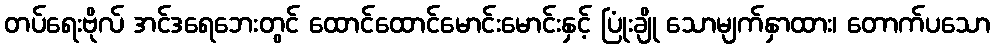
တပ်ရေးဗိုလ် အင်ဒရေဘေးတွင် ထောင်ထောင်မောင်းမောင်းနှင့် ပြုံးချို သောမျက်နှာထား၊ တောက်ပသော